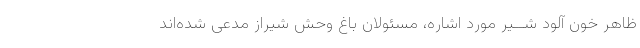
ظاهر خون آلود شــیر مورد اشاره، مسئولان باغ وحش شیراز مدعى شده‌اند